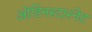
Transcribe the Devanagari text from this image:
ओडिनस्टारनेट